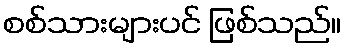
စစ်သားများပင် ဖြစ်သည်။